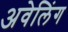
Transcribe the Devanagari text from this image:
अवेलिंग